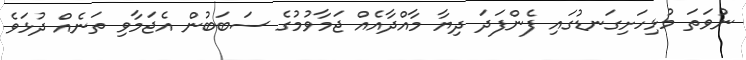
ނުވަތަ މުޅިހަށިގަނޑުގައި ފެންފަދަ ދިޔާ މާއްދާއެއް ޖަމާވުމުގެ ސަބަބުން އެޖަމާވި ތަނެއް ދުޅަވެ